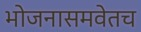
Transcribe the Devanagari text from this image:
भोजनासमवेतच